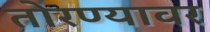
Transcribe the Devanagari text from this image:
तोरण्यावर